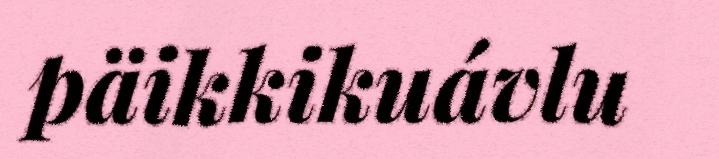
päikkikuávlu